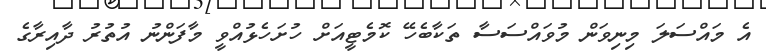
އެ މައްސަލަ މިނިވަން މުވައްސަސާ ތަކާބެހޭ ކޮމެޓީއަށް ހުށަހެޅުއްވީ މާފަންނު އުތުރު ދާއިރާގެ